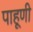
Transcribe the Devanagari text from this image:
पाहूणी